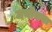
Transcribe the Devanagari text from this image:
मनोमया